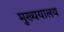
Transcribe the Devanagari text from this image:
मुख्ययालय